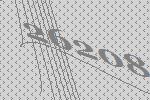
26208